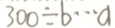
3 0 0 \div b \cdots a